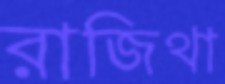
রাজিথা